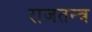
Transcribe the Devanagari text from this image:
राजतन्‍त्र